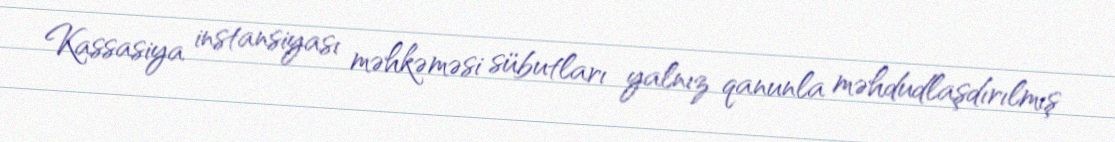
Kassasiya instansiyası məhkəməsi sübutları yalnız qanunla məhdudlaşdırılmış